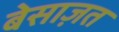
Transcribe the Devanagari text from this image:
बेसाज़त